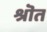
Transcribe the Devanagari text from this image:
श्रॊत